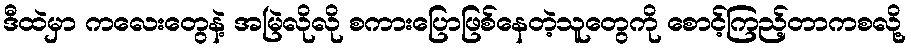
ဒီထဲမှာ ကလေးတွေနဲ့ အမြဲလိုလို စကားပြောဖြစ်နေတဲ့သူတွေကို စောင့်ကြည့်တာကစလို့